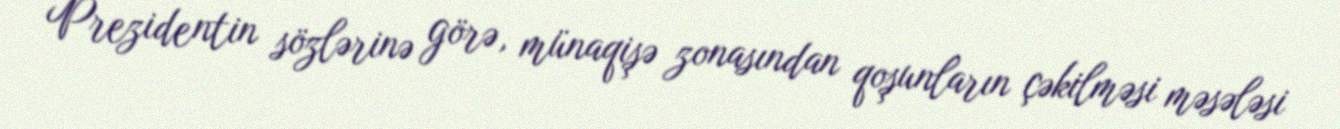
Prezidentin sözlərinə görə, münaqişə zonasından qoşunların çəkilməsi məsələsi